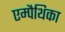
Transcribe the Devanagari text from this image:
एम्पैथिका